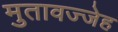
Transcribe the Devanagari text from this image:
मुतावज्जेह